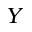
\boldsymbol { Y }